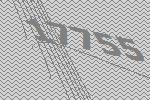
17755